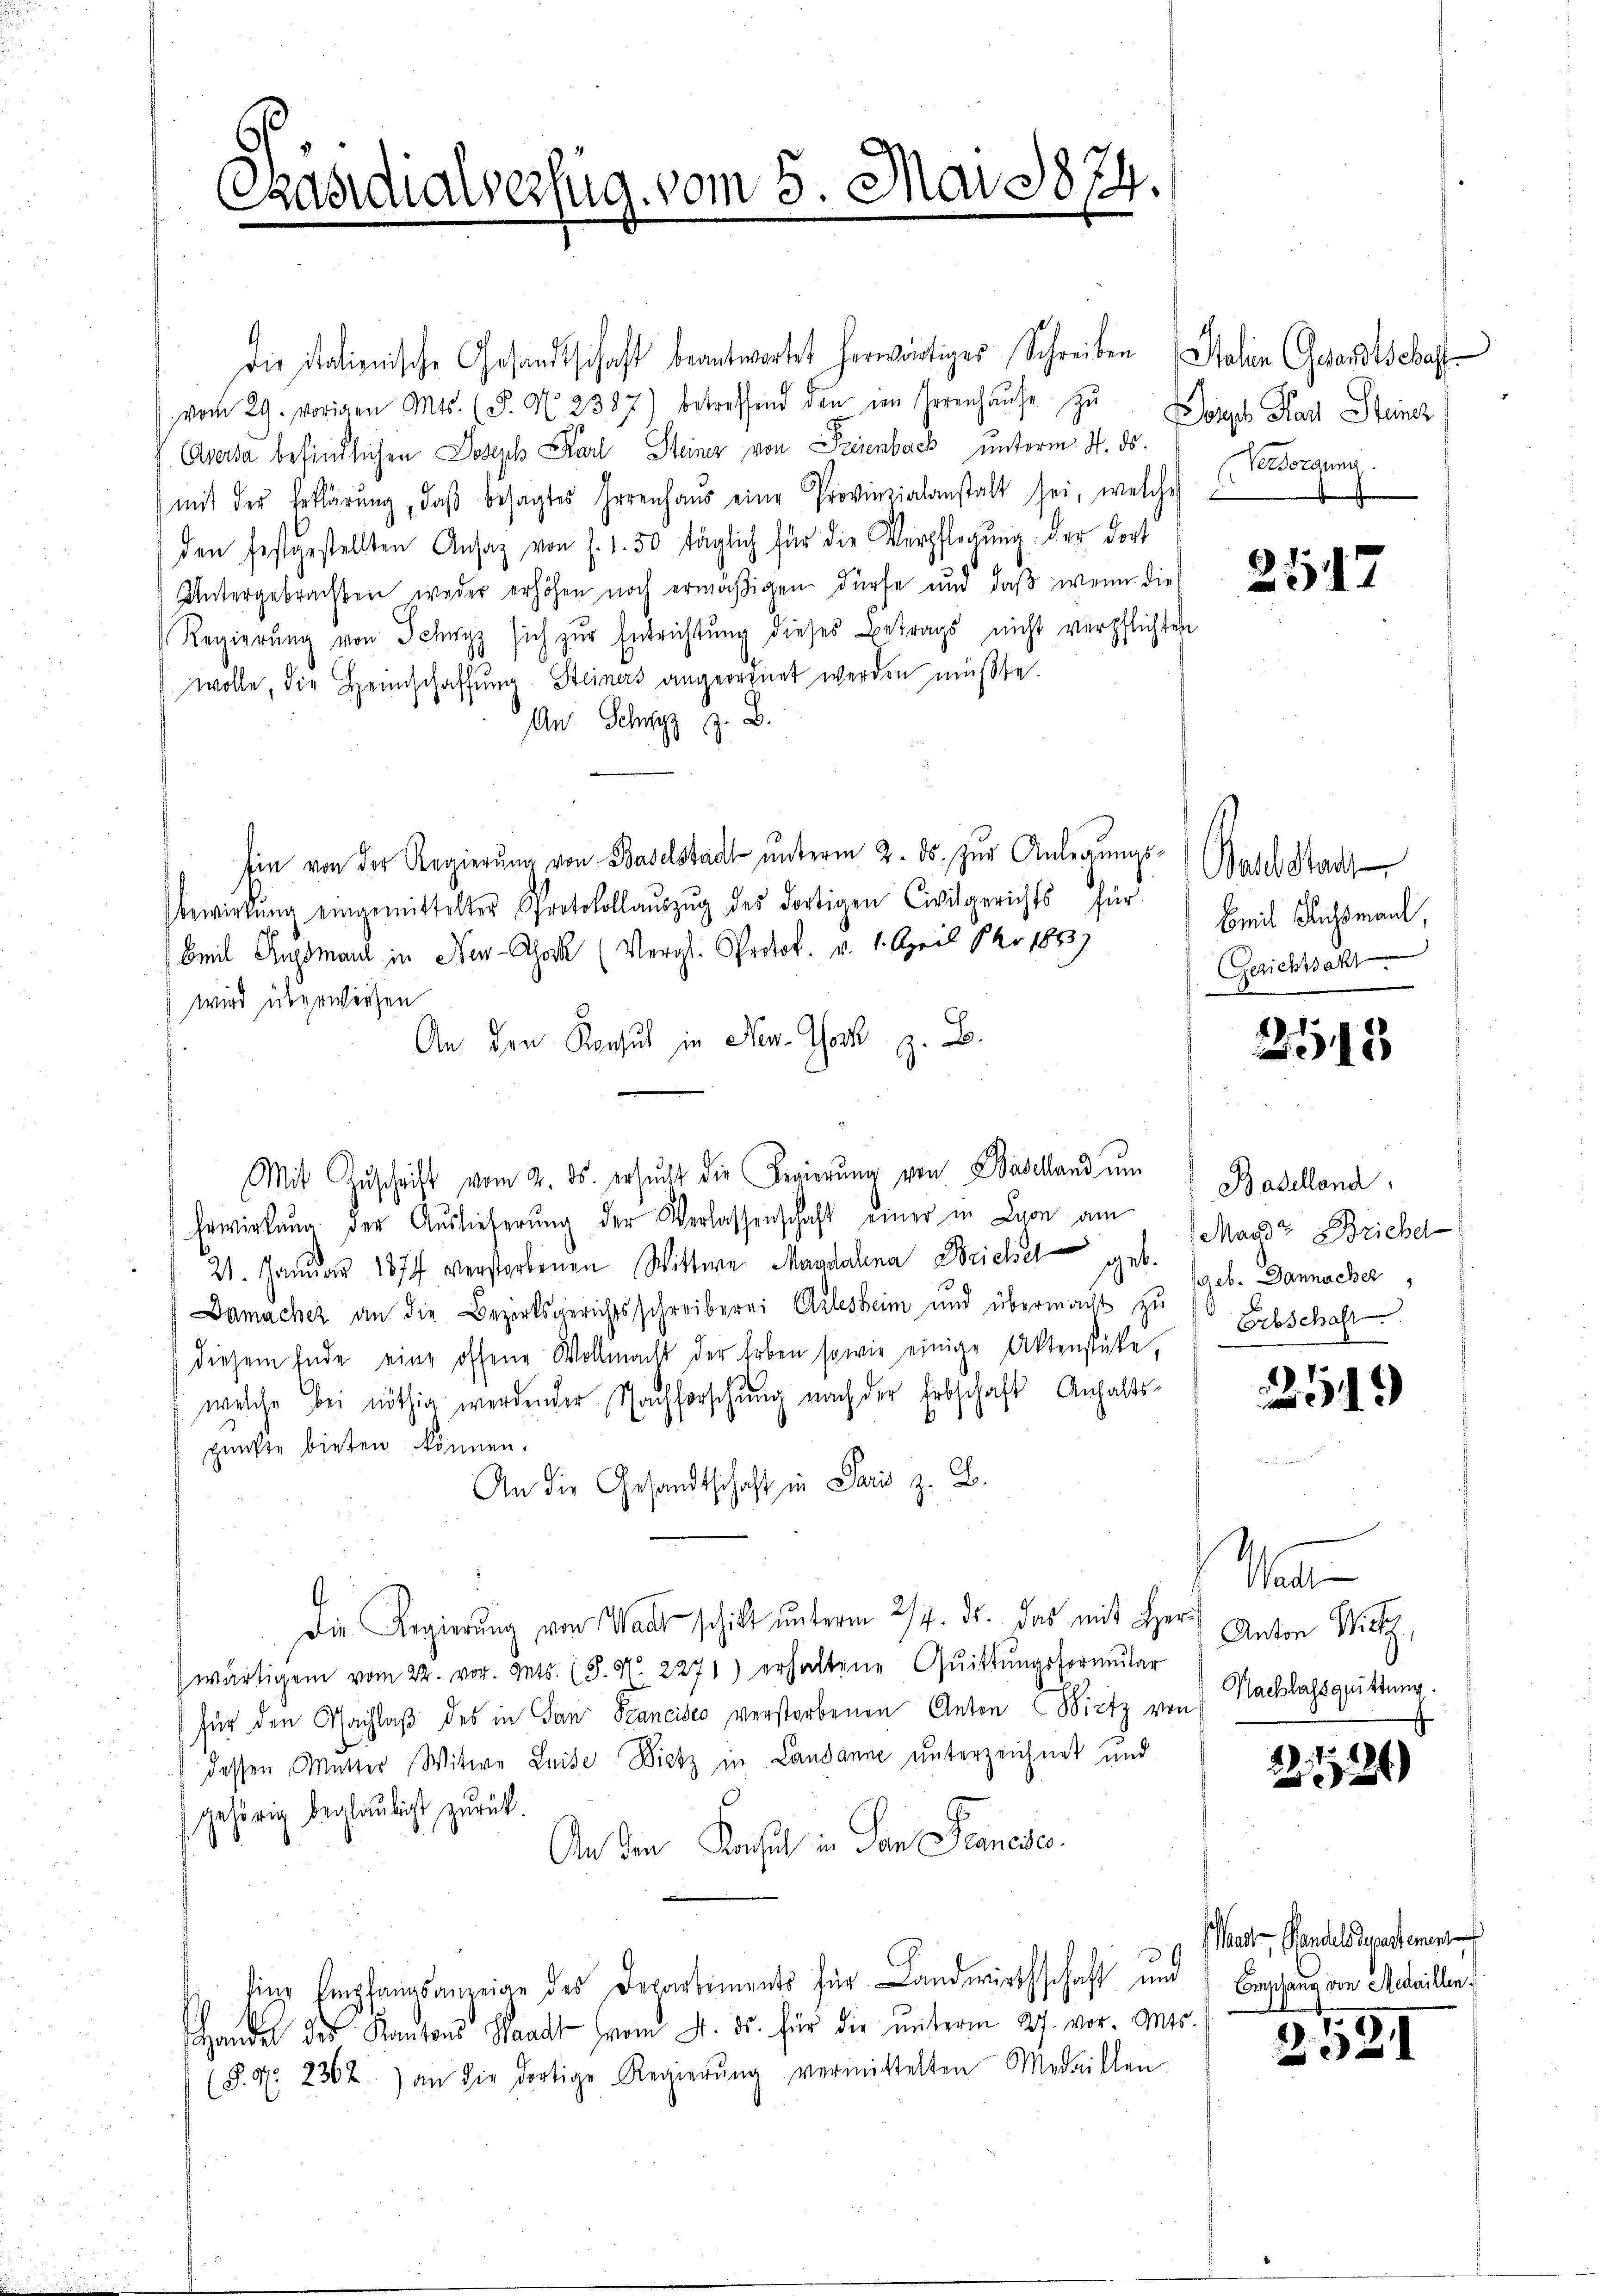
Präsidialverfug. vom 5. Mai 1874.

Die italienische Gesandtschaft beantwortet herwärtiges Schreiben Salin Gesandtschaft
vom 29. vorigen Mts. (§. No. 2387) betreffend den im Herenhaŭse zŭ
Aversa befindlichen Joseph Karl Steiner von Freienbeck unterm 4. ds.
mit der Erklärung, daβ besagtes Herrenhaus eine Provinzialanstalt sei, welche sorgung.
den festgestellten Ansaz von s. 1.50 täglich für die Verpflegŭng der dort
Untergebrachten weder erhöhen noch ermäßigen dürfe und daß wenn die
Regierŭng von Schwyz sich zŭr Entrichtung dieses Betrags nicht verpflichten
wolle, die Heimschaffung Steiners angeordnet werden müßte.
An Schwyz z. B.
 Ein von der Regierung von Baselstadt unterm 2. ds. zur Anlegungs-Basel Stadt
bewirkŭng eingemittelter Protokollaŭszŭg des dortigen Civilgerichts für
Beil Singsmand in Neu-Aak (Vergl. Protok. v. 1. April 840 1853)
wird überwirken
An den Konsul in New-York z. B.
Mit Zŭschrift vom 2. ds. ersŭcht die Regierŭng von Baselland um
Erwirkung der Auslieferung der Verlassenschaft einer in Lion am Baselland
21. Januar 1877 verstorbenen Wittwe Magdalena Frickel geb. Magdt Briebe
Damacher an die Bezirksgerichtsschreiberei Arlesheim und übermacht zu
diesem Ende eine offene Wollmacht der Erben sowie einige Aktenstücke. Erbschaften
welche bei nöthig werdender Nachforschung nach der Erbschaft Anhalts-
punkte bieten können.
An die Gesandtschaft in Paris z. B.
Die Regierŭng von Watt schickt ŭnterm 24. ds. das mit Herr
wärtigem vom 22. vor. Mts. (S. N. 2271) erhaltene Quittungsformŭlar
für den Nachlaß des in San Francisco verstorbenen Anton Bietz von
dessen Mutter Witwe Luise Wietz in Landanne unterzeichnet und
gehörig beglaubigt zurück.
An den Konsul in den Planese
n
Eine Empfangsanzeige des Departiments für Landwirthschaft und
handel des Kantons Waadt vom 4. ds. für die ŭnterm 27. vor. Mts.
(§. N. 2362) an die dortige Regierŭng vermittelten Medaillen

Dorps Rad Stenz

2517

mil Rechsman,
Gerichtsakt

2115

geb. Dannacher,

519)

M
Anton W. S
Nachlassquittung.

2221)

aadt Pandels Separtement
Beschang von Medaillen.
e

2521